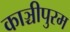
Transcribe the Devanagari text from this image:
काञ्चीपुरम